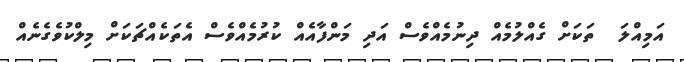
އަމިއްލަ  ތަކަށް ގެއްލުމެއް ދިނުމެއްވެސް އަދި މަންފާއެއް ކުރުމެއްވެސް އެތަކެއްޗަކަށް މިލްކުވެގެނެއް